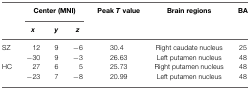
|  | <COLSPAN=3> Center (MNI) | Peak T value | Brain regions | BA |
 |  | x | y | z |  |
 | --- | --- | --- | --- | --- | --- | --- |
 | SZ | 12 | 9 | −6 | 30.4 | Right caudate nucleus | 25 |
 |  | −30 | 9 | −3 | 26.63 | Left putamen nucleus | 48 |
 | HC | 27 | 6 | 5 | 25.73 | Right putamen nucleus | 48 |
 |  | −23 | 7 | −8 | 20.99 | Left putamen nucleus | 48 |